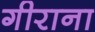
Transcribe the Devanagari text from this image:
गीराना